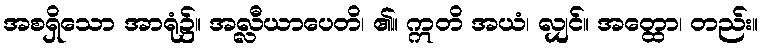
အစရှိသော အာရုံ၌။ အလ္လီယာပေတိ၊ ၏။ ဣတိ အယံ၊ လျှင်။ အတ္ထော၊ တည်း။